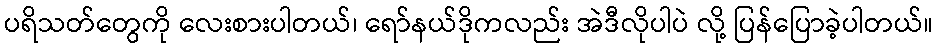
ပရိသတ်တွေကို လေးစားပါတယ်၊ ရော်နယ်ဒိုကလည်း အဲဒီလိုပါပဲ လို့ ပြန်ပြောခဲ့ပါတယ်။